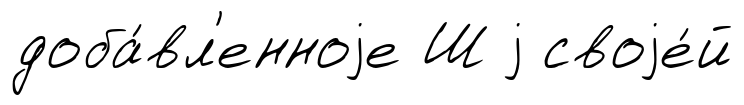
доба́вл'енноjе Ш j своjе́й